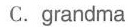
C.grandma